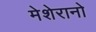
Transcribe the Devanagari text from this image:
मेशेरानो